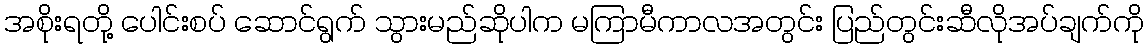
အစိုးရတို့ ပေါင်းစပ် ဆောင်ရွက် သွားမည်ဆိုပါက မကြာမီကာလအတွင်း ပြည်တွင်းဆီလိုအပ်ချက်ကို